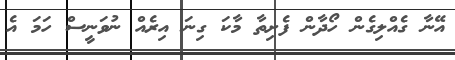
އޭނާ ގެއްލިގެން ހޯދާން ފެށިތާ މާކަ ގިނަ އިރެއް ނުވަނީސް ހަމަ އެ